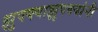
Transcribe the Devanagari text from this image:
झुपक्याझुपक्यांनी